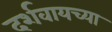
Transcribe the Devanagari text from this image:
दर्शवायच्या